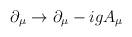
LaTeX: \begin{align*}\partial_{\mu}\rightarrow \partial_{\mu}-igA_{\mu}\end{align*}